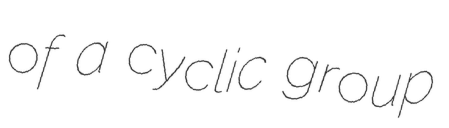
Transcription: of a cyclic group